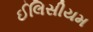
ઈલિસીયમ